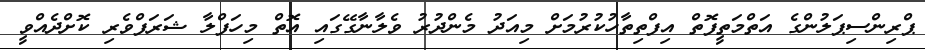
ޕްރިންސިޕަލުންގެ އަތްމަތީފޮތް އިފްތިތާހުކުރުމަށް މިއަދު މެންދުރު ވެލާނާގޭގައި އޮތް މިހަފްލާ ޝަރަފްވެރި ކޮށްދެއްވީ